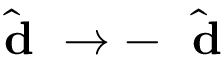
\hat { \mathrm { ~ \bf ~ d ~ } } \to - \hat { \mathrm { ~ \bf ~ d ~ } }